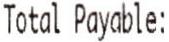
TOTAL PAYABLE: